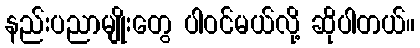
နည်းပညာမျိုးတွေ ပါဝင်မယ်လို့ ဆိုပါတယ်။